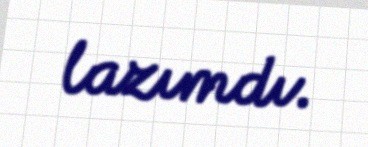
lazımdı.